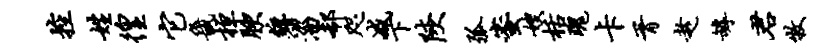
控姓徨它畿桓腴缠淄欷咫减下陕弧蜜嫂栝瑰卡胥趁罅君牧